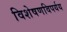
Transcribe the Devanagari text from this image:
विशेषणविपर्यय